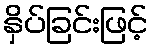
နှိပ်ခြင်းဖြင့်